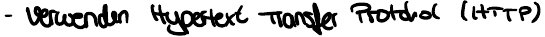
- verwenden Hypertext Transfer Protocol (HTTP)